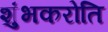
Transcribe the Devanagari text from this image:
शुंभकरोति